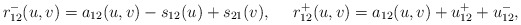
\begin{align*}r_{12}^{-}(u,v)=a_{12}(u,v)-s_{12}(u)+s_{21}(v),\mbox{ \ \ \ } r_{12}^{+}(u,v)=a_{12}(u,v)+u_{12}^{+}+u_{12}^{-},\end{align*}